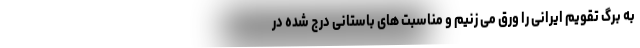
به برگ تقویم ایرانی را ورق می زنیم و مناسبت های باستانی درج شده در